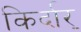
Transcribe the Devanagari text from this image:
किर्दार्